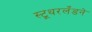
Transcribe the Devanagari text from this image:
स्टूथरलँडने